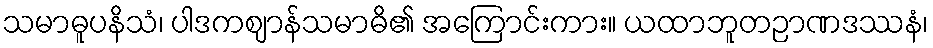
သမာဓူပနိသံ၊ ပါဒကဈာန်သမာဓိ၏ အကြောင်းကား။ ယထာဘူတဉာဏဒဿနံ၊